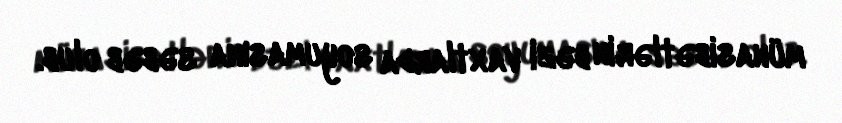
münasibətlərin bəzi vaxtlarda soyumasına səbəb olub.